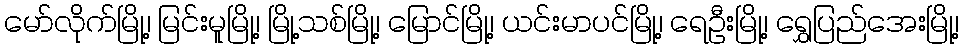
မော်လိုက်မြို့၊ မြင်းမူမြို့၊ မြို့သစ်မြို့၊ မြောင်မြို့၊ ယင်းမာပင်မြို့၊ ရေဦးမြို့၊ ရွှေပြည်အေးမြို့၊